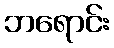
ဘရောင်း